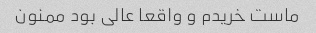
ماست خریدم و واقعا عالی بود ممنون